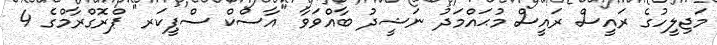
މަޖިލީހުގެ ރައީސް ރައީސް މުޙައްމަދު ނަޝީދު ބާއްވަވާ "އާސްކް ސްޕީކަރ" ޕްރޮގްރާމްގެ 4